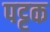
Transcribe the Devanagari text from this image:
पट्टक